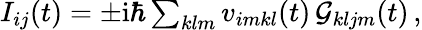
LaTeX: \begin{array}{r}{I_{ij}(t)=\pm\mathrm{i}\hbar\sum_{klm}v_{imkl}(t)\, \mathcal{G}_{kljm}(t)\, ,}\end{array}